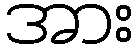
အား